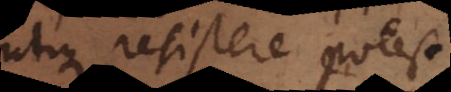
utique resistere potest.